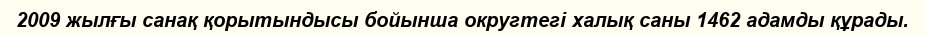
2009 жылғы санақ қорытындысы бойынша округтегі халық саны 1462 адамды құрады.